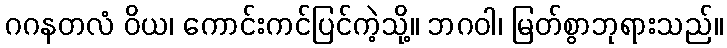
ဂဂနတလံ ဝိယ၊ ကောင်းကင်ပြင်ကဲ့သို့။ ဘဂဝါ၊ မြတ်စွာဘုရားသည်။